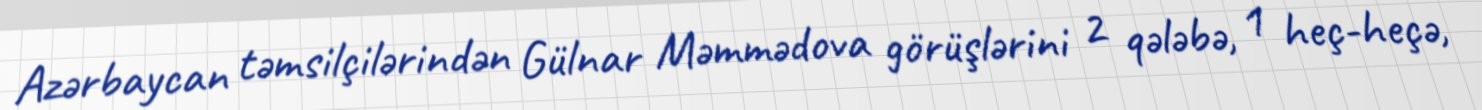
Azərbaycan təmsilçilərindən Gülnar Məmmədova görüşlərini 2 qələbə, 1 heç-heçə,